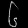
Digit: ၆